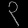
Digit: ၃